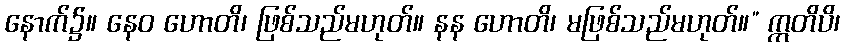
နောက်၌။ နေဝ ဟောတိ၊ ဖြစ်သည်မဟုတ်။ နန ဟောတိ၊ မဖြစ်သည်မဟုတ်။” ဣတိပိ၊